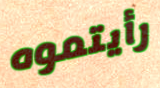
رأيتموه